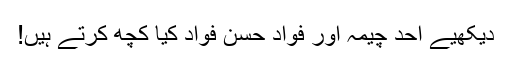
دیکھیے احد چیمہ اور فواد حسن فواد کیا کچھ کرتے ہیں!